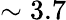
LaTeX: \sim 3.7